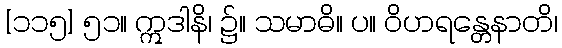
[၁၁၅] ၅၁။ ဣဒါနိ၊ ၌။ သမာဓိ။ ပ။ ဝိဟရန္တေနာတိ၊